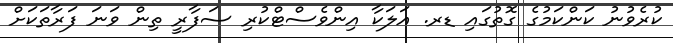
ކުރެވުނު ކަންކަމުގެ ގޮތުގައި ޑރ. އަލަކާ އިންވެސްޓްކުރި ސަފާރީ ތިން ވަނަ ފަރާތަކަށް